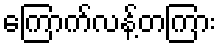
ကြောက်လန့်တကြား